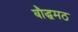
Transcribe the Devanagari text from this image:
बौद्धमठ